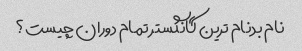
نام بدنام ترین گانگستر تمام دوران چیست؟